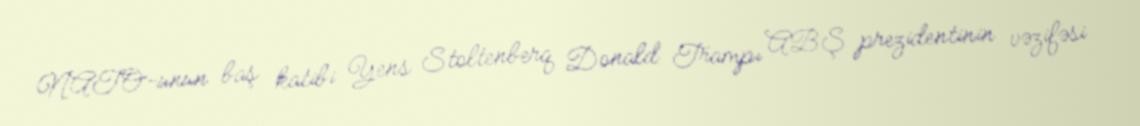
NATO-unun baş katibi Yens Stoltenberq Donald Trampı ABŞ prezidentinin vəzifəsi